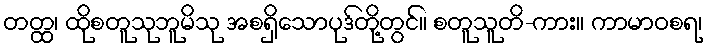
တတ္ထ၊ ထိုစတူသုဘူမိသု အစရှိသောပုဒ်တို့တွင်။ စတူသူတိ-ကား။ ကာမာဝစရ၊